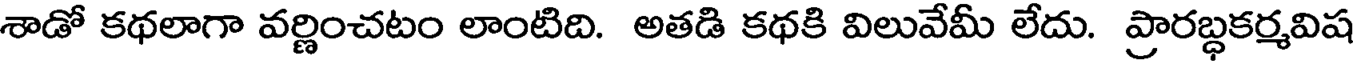
శాడో కథలాగా వర్ణించటం లాంటిది. అతడి కథకి విలువేమీ లేదు. ప్రారబ్ధకర్మవిష